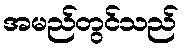
အမည်တွင်သည်